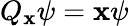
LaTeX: Q_{\mathbf{x}}\psi=\mathbf{x}\psi